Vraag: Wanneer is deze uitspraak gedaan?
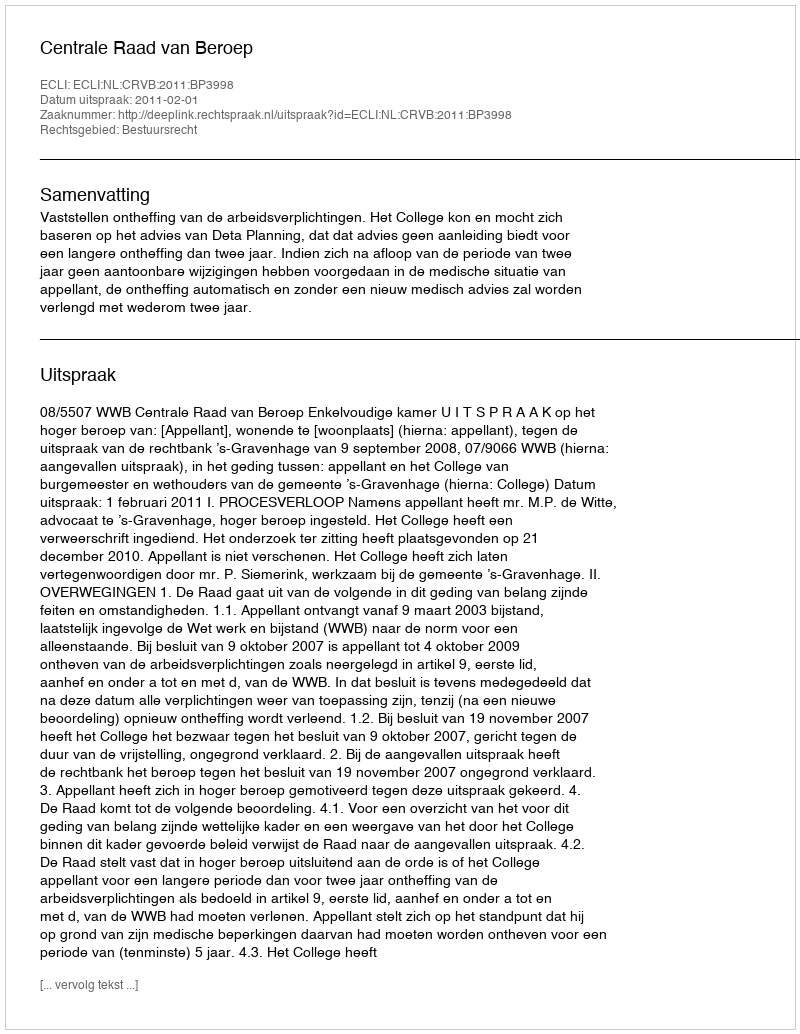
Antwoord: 2011-02-01